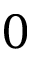
0